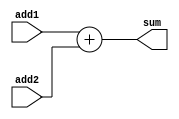
// get the sum of two numbers
module Adder(input [31:0] add1 
, input [31:0] add2
, output reg [31:0] sum
);
    always @(*) begin
        begin
            sum = add1 + add2;
        end
    end
endmodule